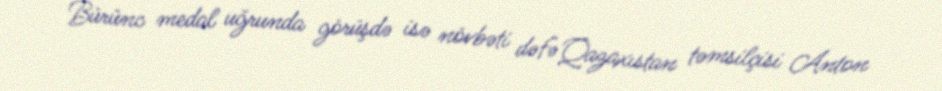
Bürünc medal uğrunda görüşdə isə növbəti dəfə Qazaxıstan təmsilçisi Anton